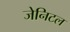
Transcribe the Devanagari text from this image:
जेनिटल